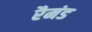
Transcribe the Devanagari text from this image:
रैमंड